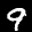
Label: 9